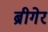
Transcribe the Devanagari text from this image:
ब्रीगेर